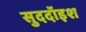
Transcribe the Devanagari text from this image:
सुददॉइश